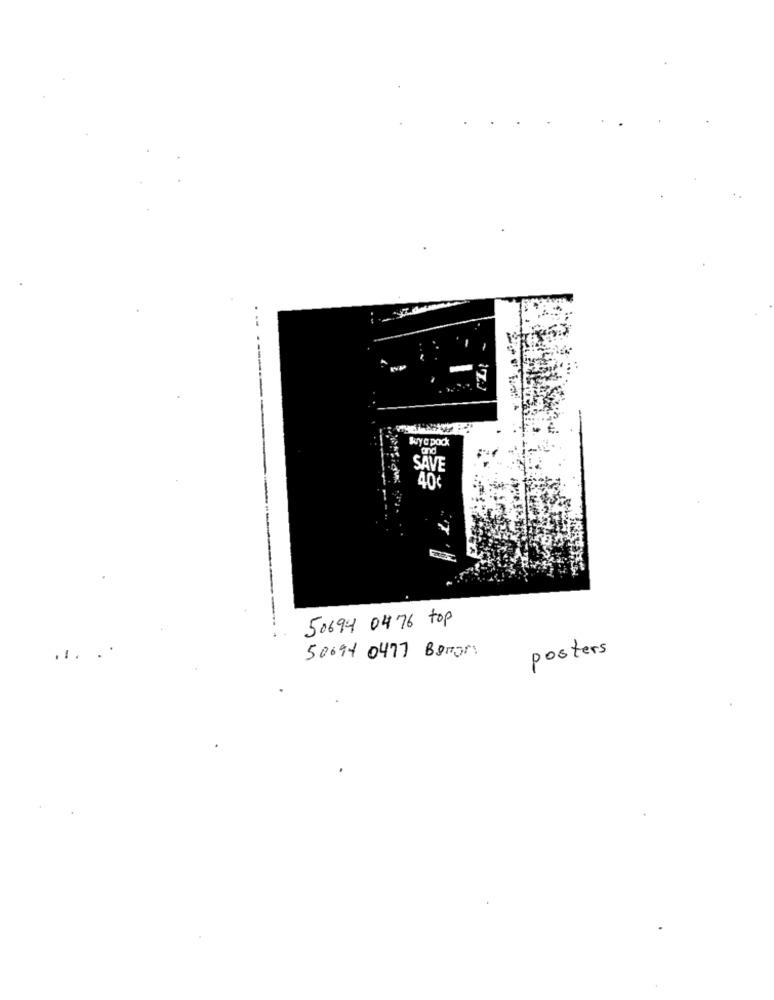
-
kry a pod
Land
50694 0476 top
posters
....
50694 0477 Beror.